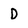
Character: D